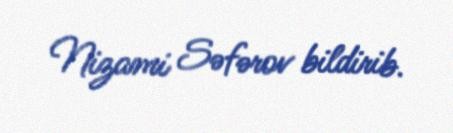
Nizami Səfərov bildirib.